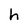
Character: h